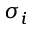
\sigma _ { i }